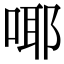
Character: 㖿